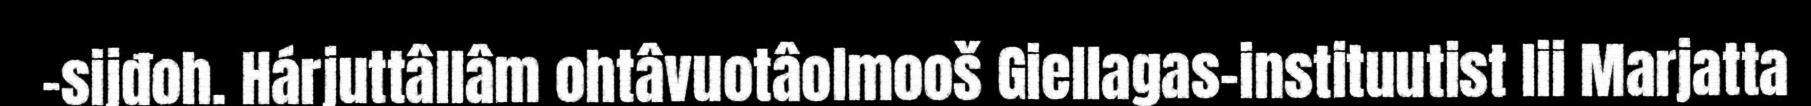
-sijđoh. Hárjuttâllâm ohtâvuotâolmooš Giellagas-instituutist lii Marjatta